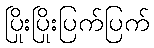
ပြိုးပြိုးပြက်ပြက်